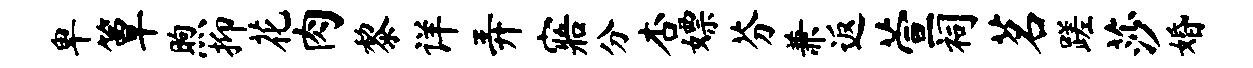
卑簟煦抑花肉黎详弄寤分杏嫖芬兼返萱祠茗蹉莎婚